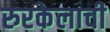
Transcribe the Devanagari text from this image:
रुरकेलाची